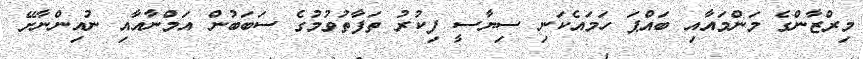
މިރްޒާންގެ މަންމައާއި ބައްޕަ ހަމައެކަނި ސިޔާސީ ފިކުރު ތަފާތުވުމުގެ ސަބަބުން އަމްނާއާއި ނުއިންނާށޭ